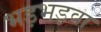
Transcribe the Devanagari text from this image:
भड़भड़वा